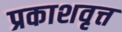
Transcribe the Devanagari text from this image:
प्रकाशवृत्त